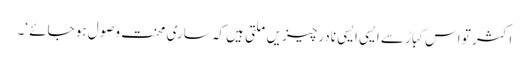
اکثر تو اس کباڑ سے ایسی ایسی نادر چیزیں ملتی ہیں کہ ساری محنت وصول ہو جائے ‘۔